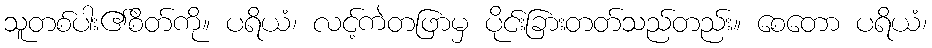
သူတစ်ပါး၏စိတ်ကို။ ပရိယံ၊ လင့်ကဲတဖြာမှ ပိုင်းခြားတတ်သည်တည်း။ စေတော ပရိယံ၊